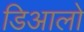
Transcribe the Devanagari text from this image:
डिआलो